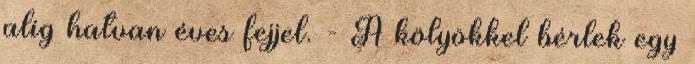
alig hatvan éves fejjel. - A kölyökkel bérlek egy